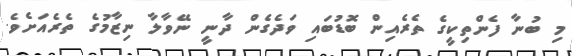
މި ބުނާ ފެންތިކީގެ ތެރެއިން ބޮޑުބައި ވަދެގެން ދާނީ ނޭވާލާ ނިޒާމުގެ ތެރެއަށެވެ.